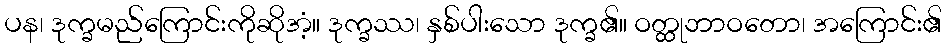
ပန၊ ဒုက္ခမည်ကြောင်းကိုဆိုအံ့။ ဒုက္ခဿ၊ နှစ်ပါးသော ဒုက္ခ၏။ ဝတ္ထုဘာဝတော၊ အကြောင်း၏